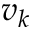
v _ { k }